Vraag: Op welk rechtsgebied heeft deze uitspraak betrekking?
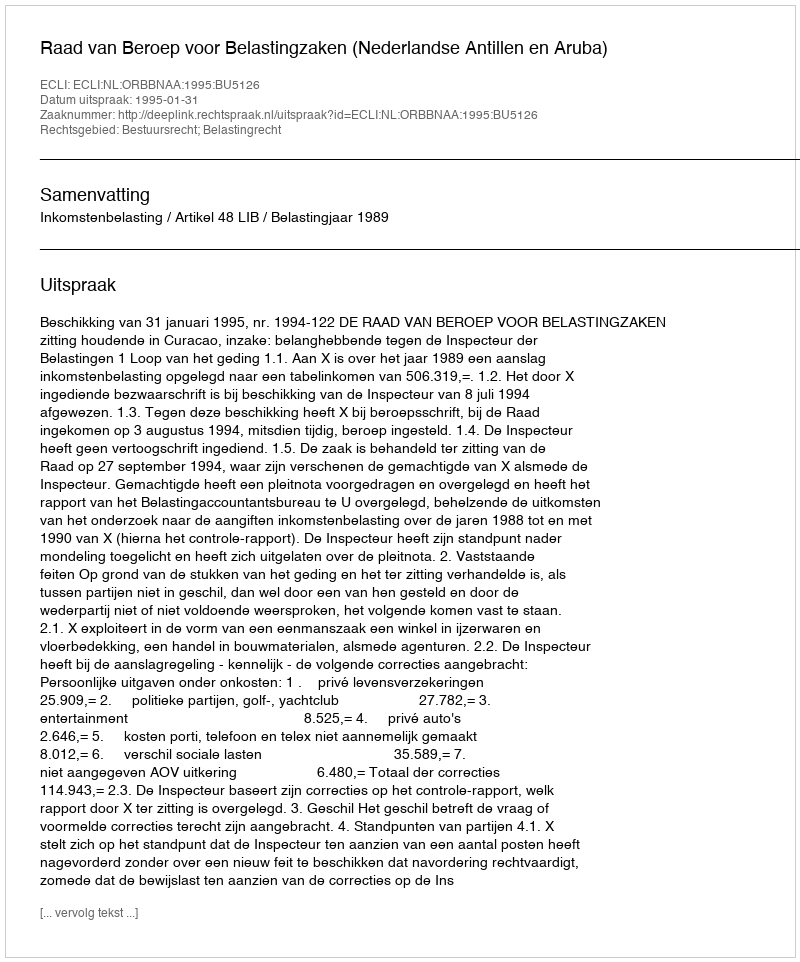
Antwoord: Bestuursrecht; Belastingrecht